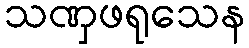
သဏှဖရုသေန